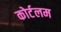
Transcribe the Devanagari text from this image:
कोर्टलम